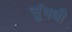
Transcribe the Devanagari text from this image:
सुंगधी